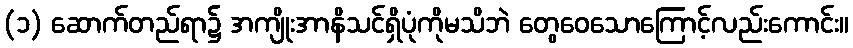
(၁) ဆောက်တည်ရာ၌ အကျိုးအာနိသင်ရှိပုံကိုမသိဘဲ တွေဝေသောကြောင့်လည်းကောင်း။